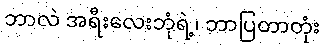
ဘာလဲ အရီးလေးဘုံရဲ့၊ ဘာပြတာတုံး